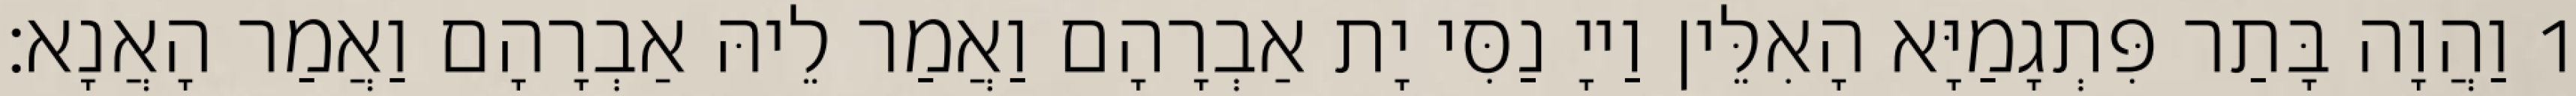
1 וַהֲוָה בָּתַר פִּתְגָמַיָּא הָאִלֵּין וַייָ נַסִּי יָת אַבְרָהָם וַאֲמַר לֵיהּ אַבְרָהָם וַאֲמַר הָאֲנָא׃